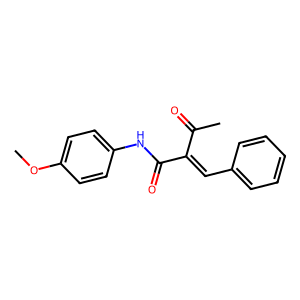
SMILES: COc1ccc(NC(=O)C(=Cc2ccccc2)C(C)=O)cc1
Inhibits HIV replication: No